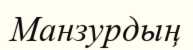
Манзурдың